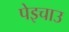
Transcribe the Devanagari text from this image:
पेइचाउ